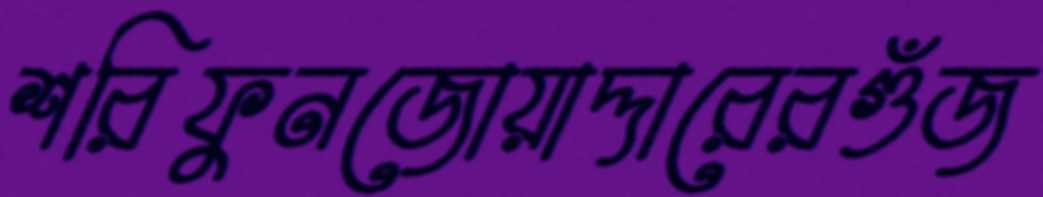
শরিফুনজোয়াদ্দারেরগুঁজ